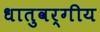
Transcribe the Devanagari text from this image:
धातुवर्गीय